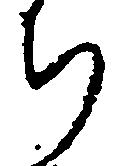
ち